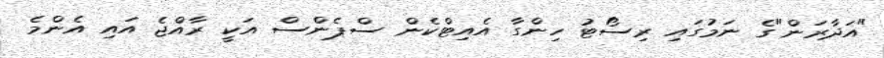
"އަދާރަން"ގެ ނަމުގައި ރިސޯޓު ހިންގާ އެއިޓްކެން ސްޕެންސް އަކީ ރާއްޖެ އައި އެންމެ